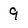
Character: 9